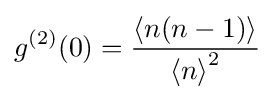
g^{(2)}(0)={\frac {\left\langle n(n-1)\right\rangle }{\left\langle n\right\rangle ^{2}}}